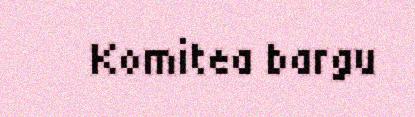
Komitea bargu